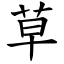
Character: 草